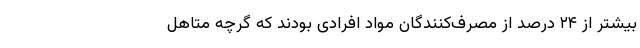
بیشتر از ۲۴ درصد از مصرف‌کنندگان مواد افرادی بودند که گرچه متاهل